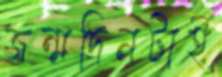
জন্মদিনটাই